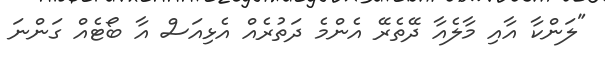
"ލަންކާ އާއި މާލެއާ ދޭތެރޭ އެންމެ ދަތުރެއް އެޅިއަސް އާ ބޯޓެއް ގަންނަ